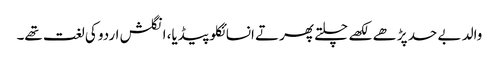
والد بے حد پڑھے لکھے چلتے پھرتے انسائکلوپیڈیا، انگلش اردو کی لغت تھے۔